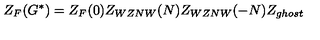
Z _ { F } ( G ^ { * } ) = Z _ { F } ( 0 ) Z _ { W Z N W } ( N ) Z _ { W Z N W } ( - N ) Z _ { g h o s t }